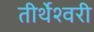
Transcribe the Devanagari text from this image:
तीर्थेश्वरी